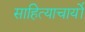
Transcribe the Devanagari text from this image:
साहित्याचार्यो